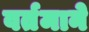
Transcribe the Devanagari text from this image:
वर्तमाने